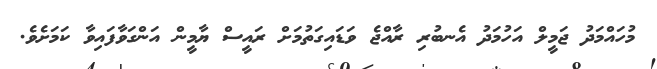
މުހައްމަދު ޖަމީލް އަހުމަދު އެނބުރި ރާއްޖެ ވަޑައިގަތުމަށް ރައީސް ޔާމީން އަންގަވާފައިވާ ކަމަށެވެ.